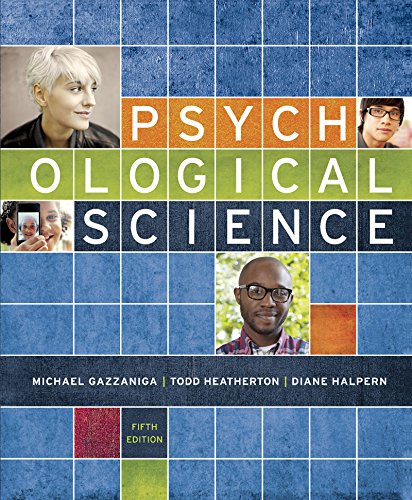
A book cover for Psychological Science (Fifth Edition); Michael Gazzaniga; Medical Books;